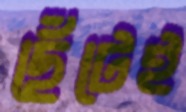
ছেঁটেই